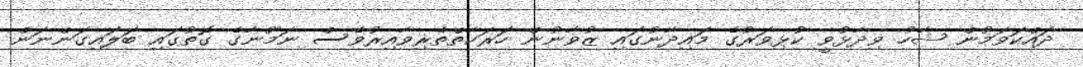
ދައްކަވަމުން ޝާހު ވިދާޅުވީ ކުޅިވަރުގެ މައިދާނުގައި ޒުވާނުން ހަރަކާތްތެރިވާއިރުވެސް ނަމޫނާގެ ގޮތުގައި ބަލައިގަންނަން